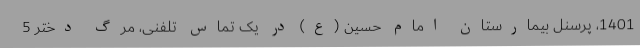
1401، پرسنل بیمارستان امام حسین (ع) در یک تماس تلفنی، مرگ دختر 5